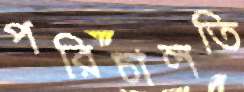
পরিচালতি